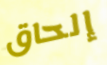
إلحاق